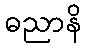
ဓညာနိ